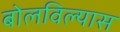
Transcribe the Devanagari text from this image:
बोलविल्यास